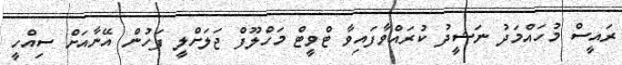
ރައީސް މުހައްމަދު ނަޝީދު ކުރައްވާފައިވާ ޓްވީޓް މަހްލޫފް ޖަަލަށްލީ ފަހުން އޭނާއަށް ސިއްހީ